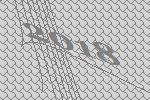
2018